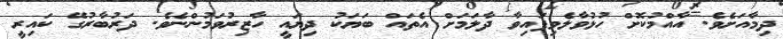
ދިމާއަށެވެ. އާއްމުކޮށް ހުޅުވާލެވިފައިވާ ދާލަމަށް އެތައް ބަޔަކު ދިޔައީ ހާޒިރުވަމުންނެވެ. ދަރުބާރުގޭ ކައިރީ